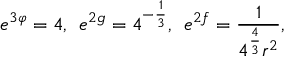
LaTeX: e ^ { 3 \varphi } = 4 , \: \: e ^ { 2 g } = 4 ^ { - \frac { 1 } { 3 } } , \: \: e ^ { 2 f } = \frac { 1 } { 4 ^ { \frac { 4 } { 3 } } r ^ { 2 } } ,